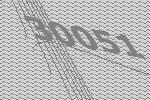
30051